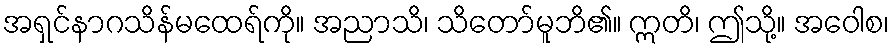
အရှင်နာဂသိန်မထေရ်ကို။ အညာသိ၊ သိတော်မူဘိ၏။ ဣတိ၊ ဤသို့။ အဝေါစ၊